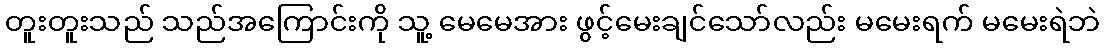
တူးတူးသည် သည်အကြောင်းကို သူ့ မေမေအား ဖွင့်မေးချင်သော်လည်း မမေးရက် မမေးရဲဘဲ